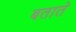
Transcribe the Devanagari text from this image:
बतातेे